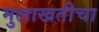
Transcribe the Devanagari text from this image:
मुलाखतीचा